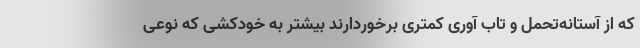
که از آستانه‌تحمل و تاب آوری کمتری برخوردارند بیشتر به خودکشی که نوعی